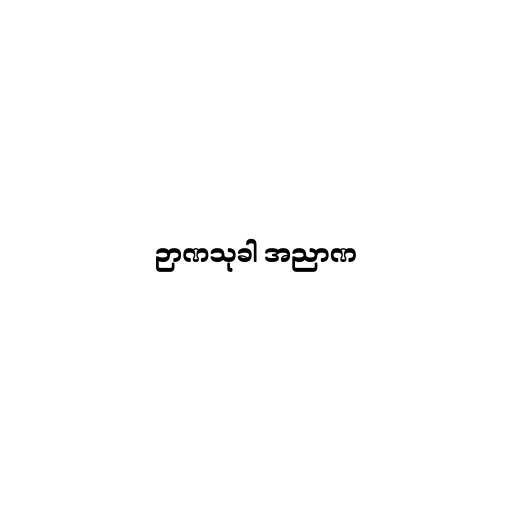
ဉာဏသုခါ အညာဏ